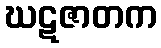
ဃဋဇာတက